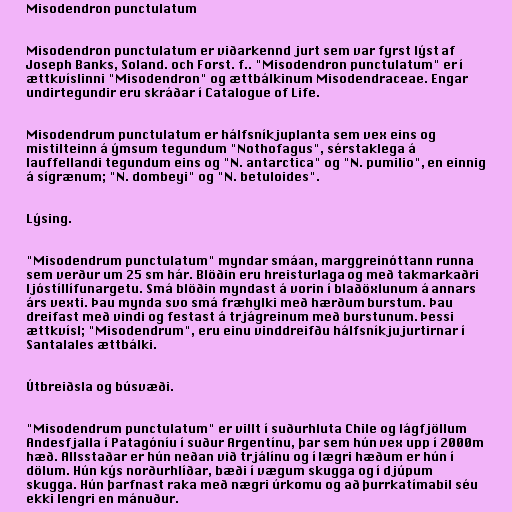
Misodendron punctulatum

Misodendron punctulatum er viðarkennd jurt sem var fyrst lýst af
Joseph Banks, Soland. och Forst. f.. "Misodendron punctulatum" er í
ættkvíslinni "Misodendron" og ættbálkinum Misodendraceae. Engar
undirtegundir eru skráðar í Catalogue of Life.

Misodendrum punctulatum er hálfsníkjuplanta sem vex eins og
mistilteinn á ýmsum tegundum "Nothofagus", sérstaklega á
lauffellandi tegundum eins og "N. antarctica" og "N. pumilio", en einnig
á sígrænum; "N. dombeyi" og "N. betuloides".

Lýsing.

"Misodendrum punctulatum" myndar smáan, marggreinóttann runna
sem verður um 25 sm hár. Blöðin eru hreisturlaga og með takmarkaðri
ljóstíllífunargetu. Smá blöðin myndast á vorin í blaðöxlunum á annars
árs vexti. Þau mynda svo smá fræhylki með hærðum burstum. Þau
dreifast með vindi og festast á trjágreinum með burstunum. Þessi
ættkvísl; "Misodendrum", eru einu vinddreifðu hálfsníkjujurtirnar í
Santalales ættbálki.

Útbreiðsla og búsvæði.

"Misodendrum punctulatum" er villt í suðurhluta Chile og lágfjöllum
Andesfjalla í Patagóníu í suður Argentínu, þar sem hún vex upp í 2000m
hæð. Allsstaðar er hún neðan við trjálínu og í lægri hæðum er hún í
dölum. Hún kýs norðurhlíðar, bæði í vægum skugga og í djúpum
skugga. Hún þarfnast raka með nægri úrkomu og að þurrkatímabil séu
ekki lengri en mánuður.